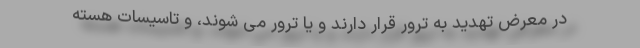
در معرض تهدید به ترور قرار دارند و یا ترور می شوند، و تاسیسات هسته